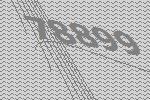
78899